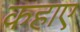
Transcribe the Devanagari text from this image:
कहाए